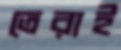
তেরাই